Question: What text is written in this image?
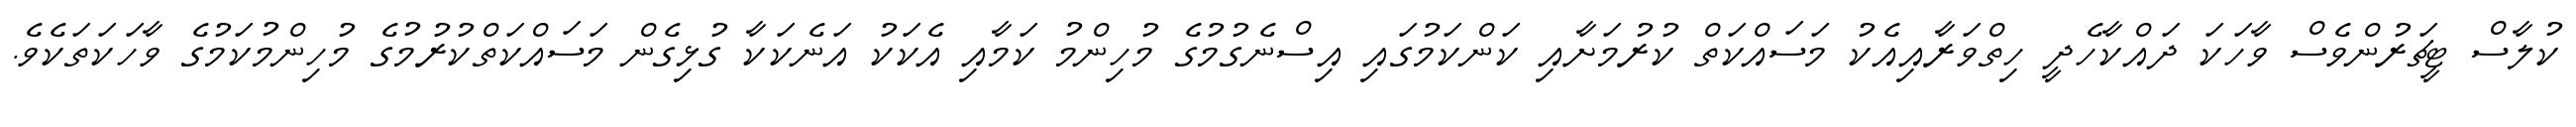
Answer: ކުލާސް ޓީޗަރުންވެސް ވާހަކަ ދައްކާހެދީ ހިތްވަރާއިއެކު މަސައްކަތް ކުރުމަށާއި ކަންކަމުގައި އިސްނެގުމުގެ މުހިންމު ކަމާއި އެކަކު އަނެކަކާ ގުޅިގެން މަސައްކަތްކުރުމުގެ މުހިންމުކަމުގެ ވާހަކަތަކެވެ.